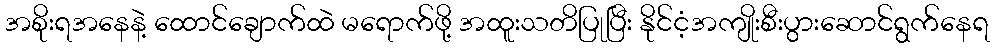
အစိုးရအနေနဲ့ ထောင်ချောက်ထဲ မရောက်ဖို့ အထူးသတိပြုပြီး နိုင်ငံ့အကျိုးစီးပွားဆောင်ရွက်နေရ